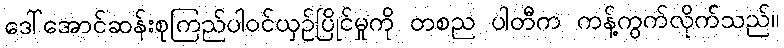
ဒေါ်အောင်ဆန်းစုကြည်ပါဝင်ယှဉ်ပြိုင်မှုကို တစည ပါတီက ကန့်ကွက်လိုက်သည်။